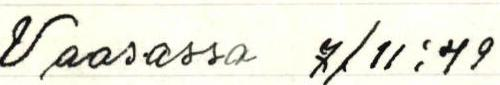
Vaasassa 7/11:49